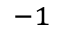
^ { - 1 }